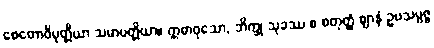
စေတောဝိမုတ္တိယာ သမာပတ္တိယာ။ ဣဓာဝုသော, ဘိက္ခု သုခဿ စ စတုတ္ထံ ဈာနံ ဥပသမ္ပဇ္ဇ